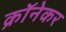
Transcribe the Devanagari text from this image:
क्रॉनेकर